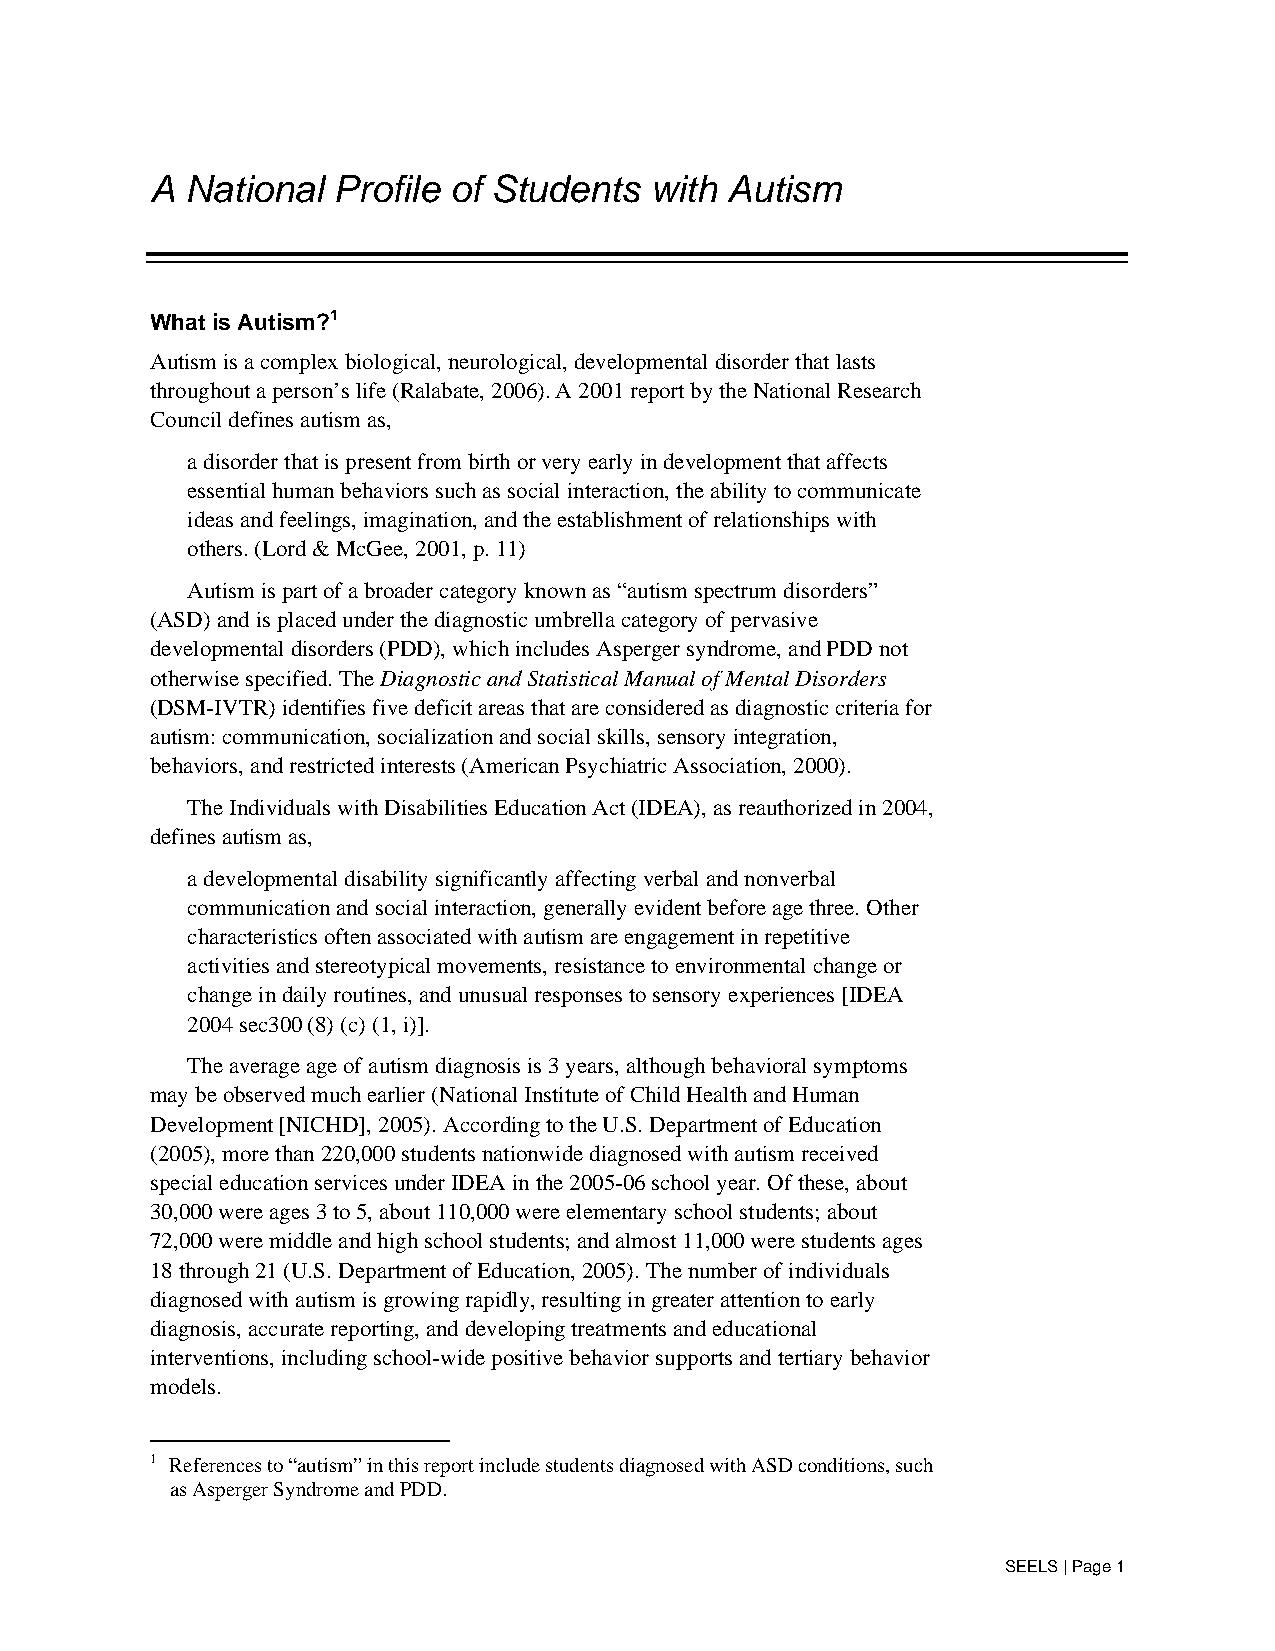
A National  Profile of Students  with Autism
 What is Autism?1
 Autism is a complex biological, neurological, developmental disorder that lasts
 throughout a person’s life (Ralabate, 2006). A 2001 report by the National Research
 Council defines autism as,
 a disorder that is present from birth or very early in development that affects
 essential human behaviors such as social interaction, the ability to communicate
 ideas and feelings, imagination, and the establishment of relationships with
 others. (Lord & McGee, 2001, p. 11)
 Autism is part of a broader category known as “autism spectrum disorders”
 (ASD) and is placed under the diagnostic umbrella category of pervasive
 developmental disorders (PDD), which includes Asperger syndrome, and PDD not
 otherwise specified. The Diagnostic and Statistical Manual of Mental Disorders
 (DSM-IVTR) identifies five deficit areas that are considered as diagnostic criteria for
 autism: communication, socialization and social skills, sensory integration,
 behaviors, and restricted interests (American Psychiatric Association, 2000).
 The Individuals with Disabilities Education Act (IDEA), as reauthorized in 2004,
 defines autism as,
 a developmental disability significantly affecting verbal and nonverbal
 communication and social interaction, generally evident before age three. Other
 characteristics often associated with autism are engagement in repetitive
 activities and stereotypical movements, resistance to environmental change or
 change in daily routines, and unusual responses to sensory experiences [IDEA
 2004 sec300 (8) (c) (1, i)].
 The average age of autism diagnosis is 3 years, although behavioral symptoms
 may be observed much earlier (National Institute of Child Health and Human
 Development [NICHD], 2005). According to the U.S. Department of Education
 (2005), more than 220,000 students nationwide diagnosed with autism received
 special education services under IDEA in the 2005-06 school year. Of these, about
 30,000 were ages 3 to 5, about 110,000 were elementary school students; about
 72,000 were middle and high school students; and almost 11,000 were students ages
 18 through 21 (U.S. Department of Education, 2005). The number of individuals
 diagnosed with autism is growing rapidly, resulting in greater attention to early
 diagnosis, accurate reporting, and developing treatments and educational
 interventions, including school-wide positive behavior supports and tertiary behavior
 models.
 1 References to “autism” in this report include students diagnosed with ASD conditions, such
 as Asperger Syndrome and PDD.
 SEELS | Page 1